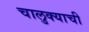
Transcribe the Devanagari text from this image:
चालुक्याची